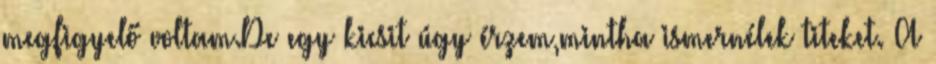
megfigyelő voltam.De egy kicsit úgy érzem,mintha ismernélek titeket. A